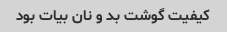
کیفیت گوشت بد و نان بیات بود